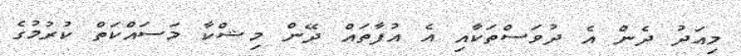
މިއަދު ދެން އެ ދުވަސްތަކާއި އެ އުފާތައް ދޭން މިޝްކާ މަސައްކަތް ކުރުމުގެ